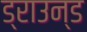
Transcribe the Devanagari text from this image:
ड्राउन्ड